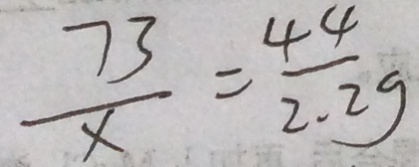
\frac { 7 3 } { x } = \frac { 4 4 } { 2 . 2 g }